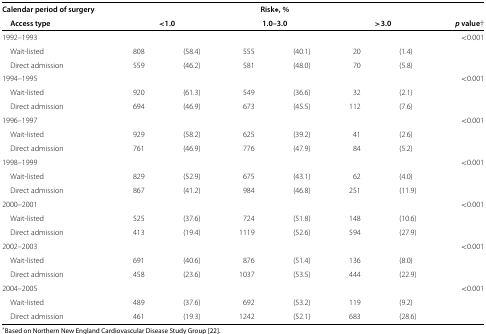
<table><thead><tr><td><b>Calendar period of surgery</b></td><td><b> </b></td><td><b> </b></td><td colspan="2"><b>Risk ∗, %</b></td><td><b> </b></td><td><b> </b></td><td><b> </b></td></tr><tr><td><b>Access type</b></td><td colspan="2"><b>&lt;1.0</b></td><td colspan="2"><b>1.0–3.0</b></td><td colspan="2"><b>&gt;3.0</b></td><td><b><i>p</i> value<i>‡</i></b></td></tr></thead><tbody><tr><td>1992–1993</td><td> </td><td> </td><td> </td><td> </td><td> </td><td> </td><td>&lt;0.001</td></tr><tr><td> Wait-listed</td><td>808</td><td>(58.4)</td><td>555</td><td>(40.1)</td><td>20</td><td>(1.4)</td><td> </td></tr><tr><td> Direct admission</td><td>559</td><td>(46.2)</td><td>581</td><td>(48.0)</td><td>70</td><td>(5.8)</td><td> </td></tr><tr><td>1994–1995</td><td> </td><td> </td><td> </td><td> </td><td> </td><td> </td><td>&lt;0.001</td></tr><tr><td> Wait-listed</td><td>920</td><td>(61.3)</td><td>549</td><td>(36.6)</td><td>32</td><td>(2.1)</td><td> </td></tr><tr><td> Direct admission</td><td>694</td><td>(46.9)</td><td>673</td><td>(45.5)</td><td>112</td><td>(7.6)</td><td> </td></tr><tr><td>1996–1997</td><td> </td><td> </td><td> </td><td> </td><td> </td><td> </td><td>&lt;0.001</td></tr><tr><td> Wait-listed</td><td>929</td><td>(58.2)</td><td>625</td><td>(39.2)</td><td>41</td><td>(2.6)</td><td> </td></tr><tr><td> Direct admission</td><td>761</td><td>(46.9)</td><td>776</td><td>(47.9)</td><td>84</td><td>(5.2)</td><td> </td></tr><tr><td>1998–1999</td><td> </td><td> </td><td> </td><td> </td><td> </td><td> </td><td>&lt;0.001</td></tr><tr><td> Wait-listed</td><td>829</td><td>(52.9)</td><td>675</td><td>(43.1)</td><td>62</td><td>(4.0)</td><td> </td></tr><tr><td> Direct admission</td><td>867</td><td>(41.2)</td><td>984</td><td>(46.8)</td><td>251</td><td>(11.9)</td><td> </td></tr><tr><td>2000–2001</td><td> </td><td> </td><td> </td><td> </td><td> </td><td> </td><td>&lt;0.001</td></tr><tr><td> Wait-listed</td><td>525</td><td>(37.6)</td><td>724</td><td>(51.8)</td><td>148</td><td>(10.6)</td><td> </td></tr><tr><td> Direct admission</td><td>413</td><td>(19.4)</td><td>1119</td><td>(52.6)</td><td>594</td><td>(27.9)</td><td> </td></tr><tr><td>2002–2003</td><td> </td><td> </td><td> </td><td> </td><td> </td><td> </td><td>&lt;0.001</td></tr><tr><td> Wait-listed</td><td>691</td><td>(40.6)</td><td>876</td><td>(51.4)</td><td>136</td><td>(8.0)</td><td> </td></tr><tr><td> Direct admission</td><td>458</td><td>(23.6)</td><td>1037</td><td>(53.5)</td><td>444</td><td>(22.9)</td><td> </td></tr><tr><td>2004–2005</td><td> </td><td> </td><td> </td><td> </td><td> </td><td> </td><td>&lt;0.001</td></tr><tr><td> Wait-listed</td><td>489</td><td>(37.6)</td><td>692</td><td>(53.2)</td><td>119</td><td>(9.2)</td><td> </td></tr><tr><td> Direct admission</td><td>461</td><td>(19.3)</td><td>1242</td><td>(52.1)</td><td>683</td><td>(28.6)</td><td> </td></tr></tbody></table>